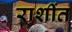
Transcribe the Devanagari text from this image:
राशींत